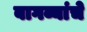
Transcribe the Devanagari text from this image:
बागव्यांचे